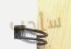
سأحب